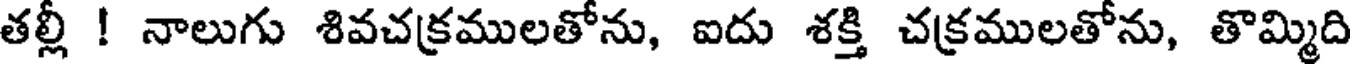
తల్లీ ! నాలుగు శివచక్రములతోను, ఐదు శక్తి చక్రములతోను, తొమ్మిది